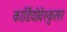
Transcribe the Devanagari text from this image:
कार्डियोवेस्कुलर